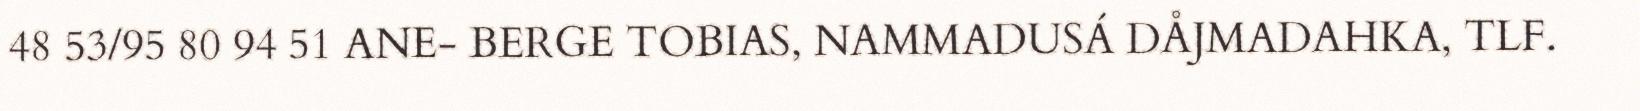
48 53/95 80 94 51 ANE- BERGE TOBIAS, NAMMADUSÁ DÅJMADAHKA, TLF.